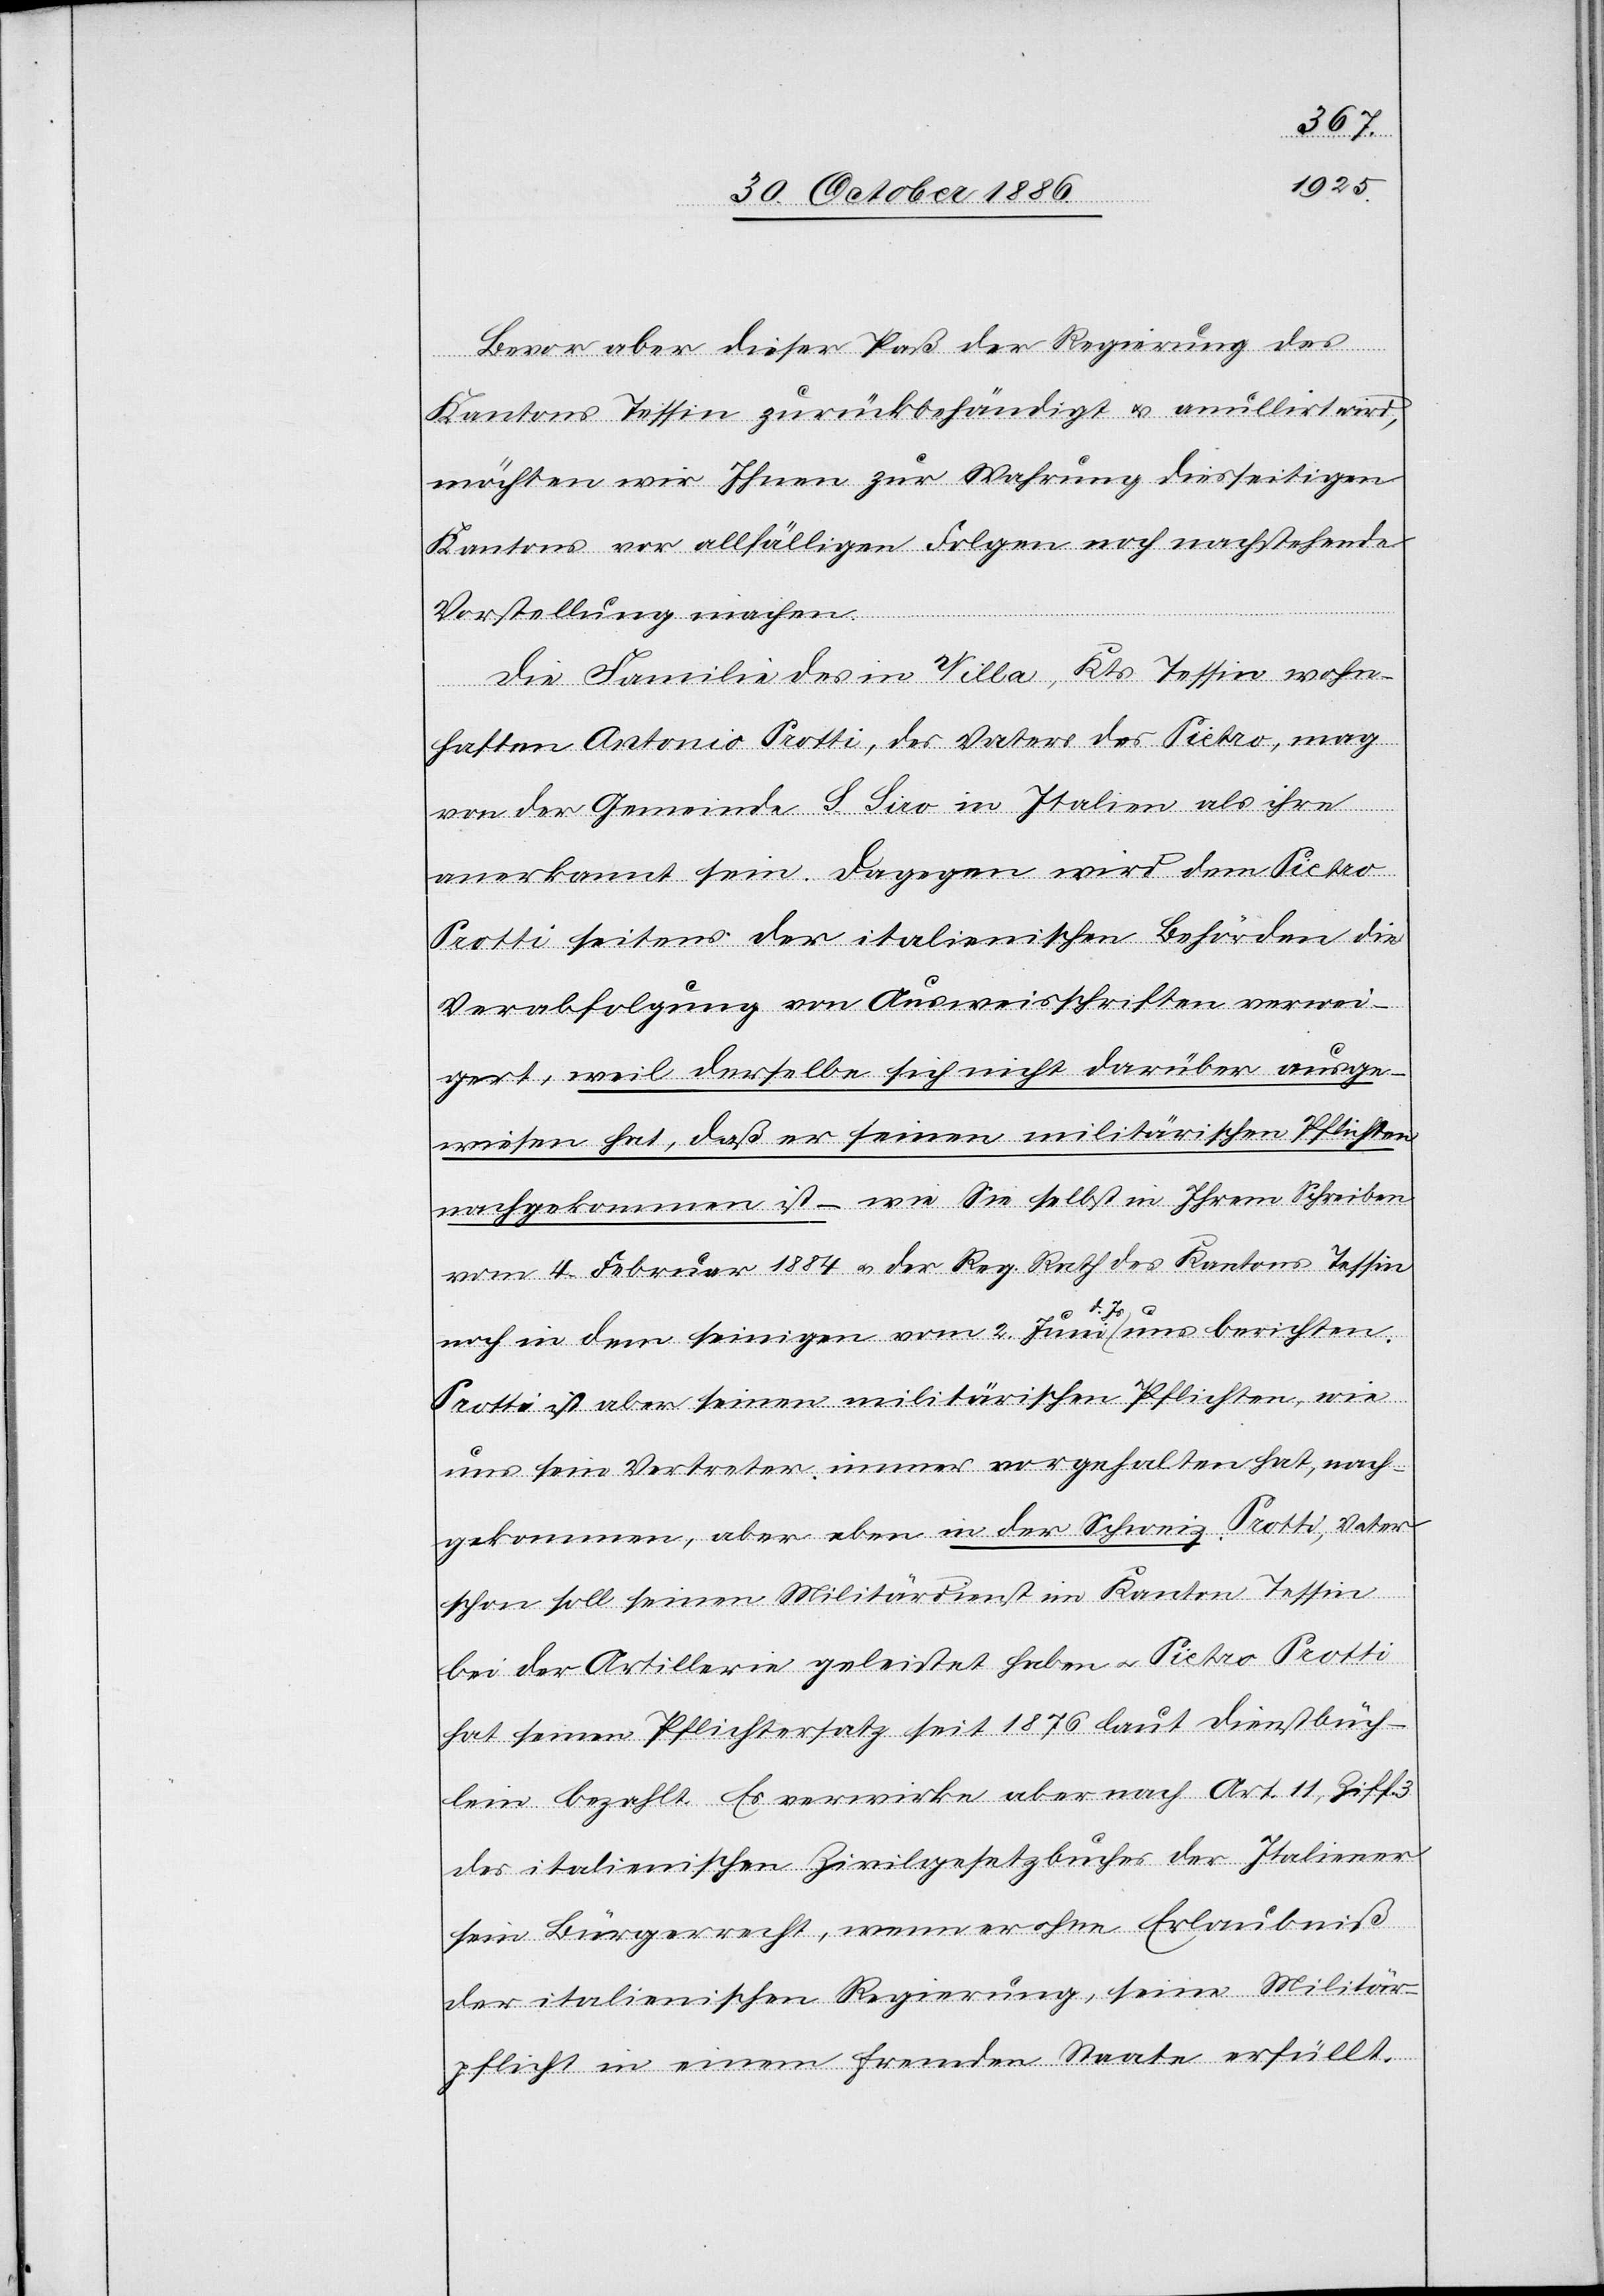
Bevor aber dieser Paß der Regierung des
Kantons Tessin zurückbehändigt & anullirt wird,
möchten wir Ihnen zur Wahrung diesseitigen
Kantons vor allfälligen Folgen noch nachstehende
Vorstellung machen.
Die Familie des in Villa, Kts. Tessin wohn¬
haften Antonio Protti, des Vaters des Pietro, mag
von der Gemeinde S. Siro in Italien als ihre
anerkannt sein. Dagegen wird dem Pietro
Protti seitens der italienischen Behörden die
Verabfolgung von Ausweisschriften verwei¬
gert, weil derselbe sich nicht darüber ausge¬
wiesen hat, daß er seinen militärischen Pflichten
nachgekommen ist – wie Sie selbst in Ihrem Schreiben
vom 4. Februar 1884 & der Reg. Rath des Kantons Tessin
noch in dem seinigen vom 2. Juni d. Js. uns berichten.
Protti ist aber seinen militärischen Pflichten, wie
uns sein Vertreter immer vorgehalten hat, nach¬
gekommen, aber eben in der Schweiz. Protti, Vater
schon soll seinen Militärdienst im Kanton Tessin
bei der Artillerie geleistet haben & Pietro Protti
hat seinen Pflichtersatz seit 1876 laut Dienstbüch¬
lein bezahlt. Es verwirke aber nach Art. 11, Ziff.
des italienischen Zivilgesetzbuches der Italiener
sein Bürgerrecht, wenn er ohne Erlaubniß
der italienischen Regierung, seine Militär¬
pflicht in einem fremden Staate erfüllt.